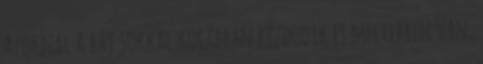
azoknal a baj sokkal korabban kezdodik es melyebben van,